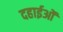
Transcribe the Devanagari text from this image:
दहाईओं